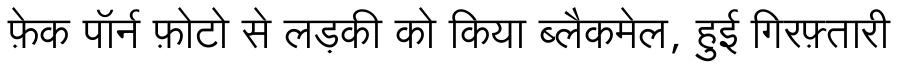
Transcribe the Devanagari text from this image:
फ़ेक पॉर्न फ़ोटो से लड़की को किया ब्लैकमेल, हुई गिरफ़्तारी